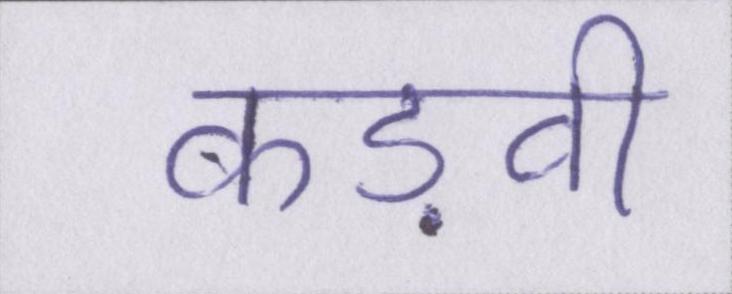
कड़वी